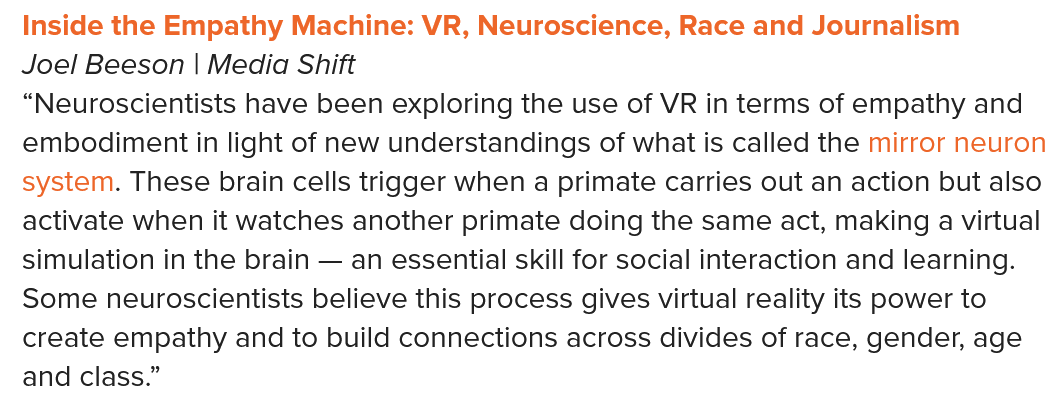
“Neuroscientists have been exploring the use of VR in terms of empathy and
  embodiment in light of new understandings of what is called the mirror neuron
  system. These brain cells trigger when a primate carries out an action but also
  activate when it watches another primate doing the same act, making a virtual
  simulation in the brain
     —  an essential skill for social interaction and learning.
  Some neuroscientists believe this process gives virtual reality its power to
  create empathy and to build connections across divides of race, gender, age
  and class.”
  Joel Beeson | Media Shift
  Inside the Empathy Machine: VR, Neuroscience, Race and Journalism